Second report of the anti-malarial operations at Mian Mir, 1901-1903 - Number 9
Year: 1901
Disease focus: Malaria
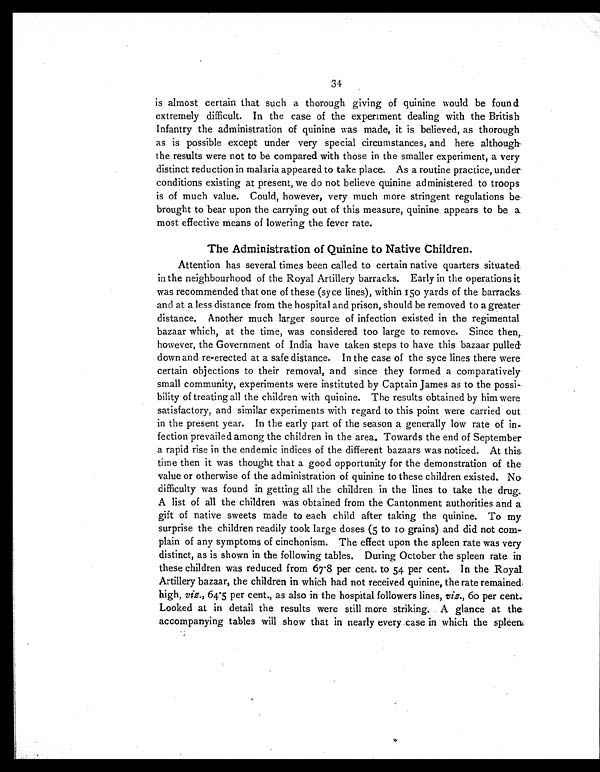
34
is almost certain that such a thorough giving of quinine would be found
extremely difficult. In the case of the experiment dealing with the British
Infantry the administration of quinine was made, it is believed, as thorough
as is possible except under very special circumstances, and here although
the results were not to be compared with those in the smaller experiment, a very
distinct reduction in malaria appeared to take place. As a routine practice, under
conditions existing at present, we do not believe quinine administered to troops
is of much value. Could, however, very much more stringent regulations be
brought to bear upon the carrying out of this measure, quinine appears to be a
most effective means of lowering the fever rate.
The Administration of Quinine to Native Children.
Attention has several times been called to certain native quarters situated
in the neighbourhood of the Royal Artillery barracks. Early in the operations it
was recommended that one of these (syce lines), within 150 yards of the barracks
and at a less distance from the hospital and prison, should be removed to a greater
distance. Another much larger source of infection existed in the regimental
bazaar which, at the time, was considered too large to remove. Since then,
however, the Government of India have taken steps to have this bazaar pulled
down and re-erected at a safe distance. In the case of the syce lines there were
certain objections to their removal, and since they formed a comparatively
small community, experiments were instituted by Captain James as to the possi
-bility of treating all the children with quinine. The results obtained by him were
satisfactory, and similar experiments with regard to this point were carried out
in the present year. In the early part of the season a generally low rate of in-
fection prevailed among the children in the area. Towards the end of September
a rapid rise in the endemic indices of the different bazaars was noticed. At this
time then it was thought that a good opportunity for the demonstration of the
value or otherwise of the administration of quinine to these children existed. No
difficulty was found in getting all the children in the lines to take the drug.
A list of all the children was obtained from the Cantonment authorities and a
gift of native sweets made to each child after taking the quinine. To my
surprise the children readily took large doses (5 to 10 grains) and did not com-
plain of any symptoms of cinchonism. The effect upon the spleen rate was very
distinct, as is shown in the following tables. During October the spleen rate in
these children was reduced from 67.8 per cent. to 54 per cent. In the Royal
Artillery bazaar, the children in which had not received quinine, the rate remained
high, viz., 64.5 per cent., as also in the hospital followers lines, viz., 6o per cent.
Looked at in detail the results were still more striking. A glance at the
accompanying tables will show that in nearly every case in which the spleen